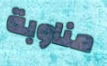
مناوبة